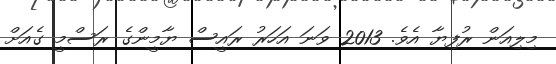
މިލިއަން ރުފިޔާ އެވެ. 2013 ވަނަ އަހަރު ރައީސް ޔާމީންގެ ރަސްމީ ގެއަށް